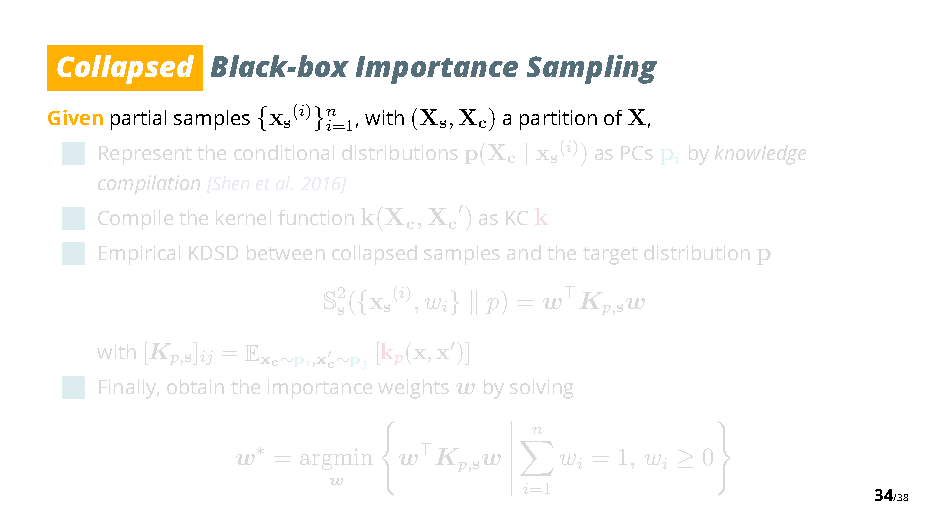
Collapsed Black-box Importance Sampling
 Givenpartialsamples {x s(i) }n i=1,with(X s,X c)apartitionofX,
 Representtheconditionaldistributionsp(X c x s(i))asPCsp ibyknowledge
 |
 compilation[Shenetal. 2016]
 Compilethekernelfunctionk(X c,X c")asKCk
 EmpiricalKDSDbetweencollapsedsamplesandthetargetdistributionp
 S2 s( {x s(i),w
 i
 }$
 p) = w %K p,sw
 with[K p,s] ij = Exc ∼pi,x"c∼pj [k p(x,x ")]
 Finally,obtaintheimportanceweightswbysolving
 n
 w = argmin w K  w    w = 1, w 0
 ∗          % p,s     i     i
 w  )        ’          ≥ *
 ’ ’!i=1                 34/38
 ’
 ’